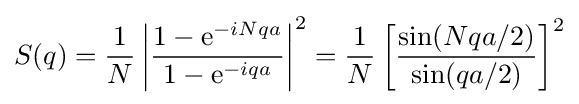
S(q)={\frac {1}{N}}\left|{\frac {1-\mathrm {e} ^{-iNqa}}{1-\mathrm {e} ^{-iqa}}}\right|^{2}={\frac {1}{N}}\left[{\frac {\sin(Nqa/2)}{\sin(qa/2)}}\right]^{2}